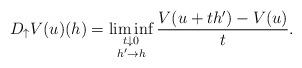
LaTeX: \begin{align*}D_{\uparrow} V(u)(h) =\liminf_{\substack{t\downarrow 0 \\ h'\to h}} \frac{V(u+th')- V(u)}{t}.\end{align*}